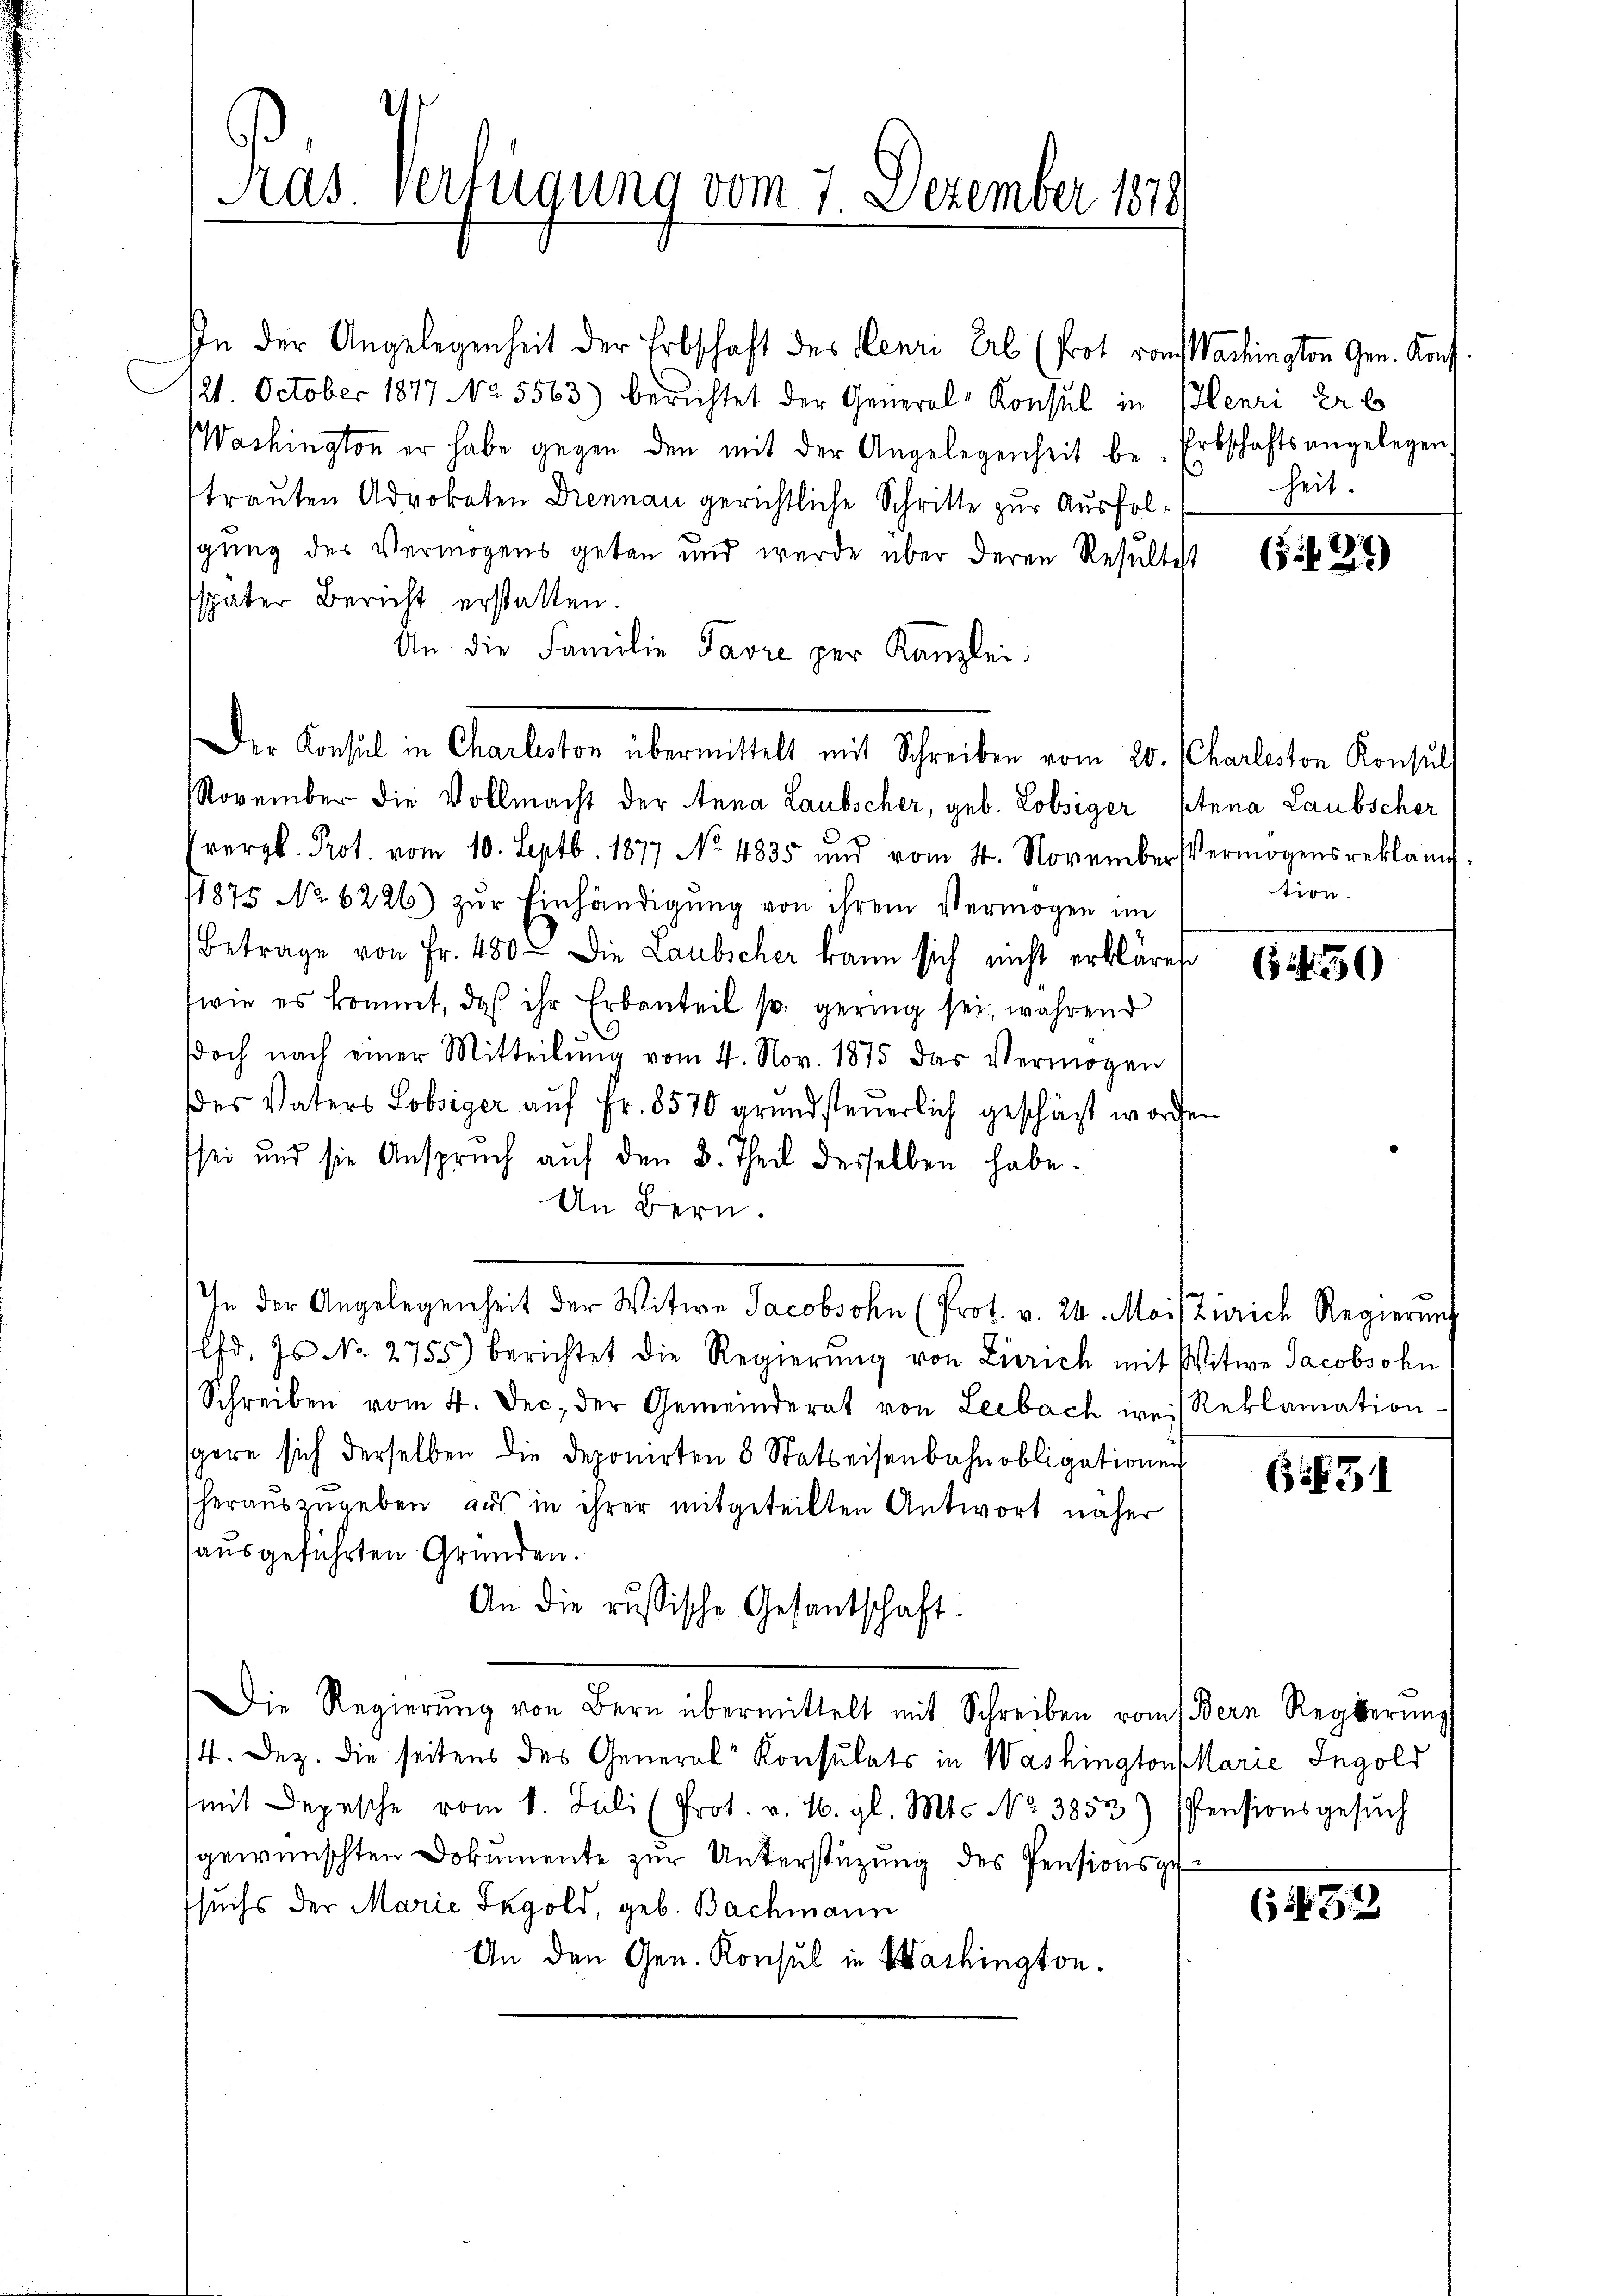
Ras. Verfügung vom 7. Dezember 1879

In der Angelegenheit der Erbschaft des Lenze Erb (Prot vom Wachington Gen. Konst
21. October 1877 No 5563) berichtet der General-Konsul in Plenri Er b
Washington er habe gegen den mit der Angelegenheit be- Erbschaftsangelegen.
trauten Advokaten Drennau gerichtliche Schritte zur Ausfolsgung des Vermögens getan und wurde über deren Resultest
später Bericht erstatten.
An die Familie Tavre per Kanzlei
November die Vollmacht der Anna Laubscher, geb. Lobsiger Anna Laubscher
vergl. Prot. vom 10. Septb. 1877 No 4835 und vom 4. November Vermögens reklam
11875 No 6226) zŭr Einhändigŭng von ihrem Vermögen im
Betrage von Fr. 480. Die Laubscher kann sich nicht erkläret
wie es kommt, daß ihr Erbanteil so gering sei, während
doch nach einer Mitteilŭng vom 4. Nov. 1875 das Vermögen
des Vaters Lobsiger auf Fr. 8570 grundsteuerlich geschäft worde
sei und sie Anspruch auf den 3. Theil desselben habe.
An Bern.
Ihn der Angelegenheit der Witwe Jacobochen (Prot. v. 24. Meistiarich Regierung
lfd. Js No. 2755) berichtet die Regierŭng von Zürich mit Witwe Jacobsohn
Schreiben vom 4. Dec. der Gemeinderat von Leebach weis Reklamation
sgere sich derselben die deponirten 8 Statteisenbahnobligationen
herauszugeben aus in ihrer mitgeteilten Antwort näher
ausgeführten Gründen.
An die russische Gesantschaft.
Die Regierŭng von Bern übermittelt mit Schreiben vom Bern Regierŭng
/4. Dez. die seitens des General Konsulats in Washington Marie Ingold
mit Depesche vom 8. Juli (Prot. v. 16. gl. Mts. No 3853) Pensionsgesŭch
gewünschten Dokumente zŭr Unterstützŭng des Pensionsge
suchs der Marie Sagold, geb. Bachmann
An den Gen. Konsul in Washington.

Der Konsul in Charlston übermittelt mit Schreiben vom 20. Charleston Konsul

heit.

(124)

tion

64. 390

565

(1432